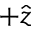
+ \hat { z }